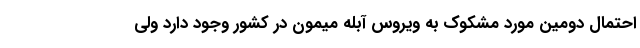
احتمال دومین مورد مشکوک به ویروس آبله میمون در کشور وجود دارد ولی